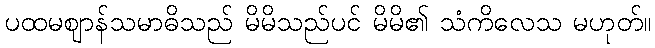
ပထမဈာန်သမာဓိသည် မိမိသည်ပင် မိမိ၏ သံကိလေသ မဟုတ်။